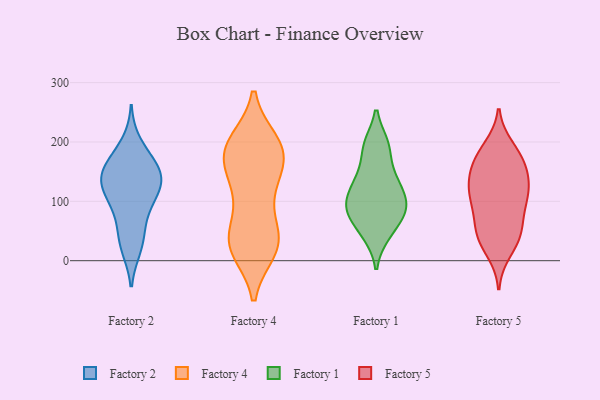
{"axis": {"x": "Bounce Rate (%)", "y": "Value"}, "legend": ["Factory 1", "Factory 2", "Factory 4", "Factory 5"], "data": [{"x": "", "y": 52, "type": "Factory 2"}, {"x": "", "y": 105, "type": "Factory 2"}, {"x": "", "y": 175, "type": "Factory 2"}, {"x": "", "y": 142, "type": "Factory 2"}, {"x": "", "y": 131, "type": "Factory 2"}, {"x": "", "y": 20, "type": "Factory 2"}, {"x": "", "y": 66, "type": "Factory 2"}, {"x": "", "y": 199, "type": "Factory 2"}, {"x": "", "y": 151, "type": "Factory 2"}, {"x": "", "y": 162, "type": "Factory 2"}, {"x": "", "y": 153, "type": "Factory 2"}, {"x": "", "y": 116, "type": "Factory 2"}, {"x": "", "y": 24, "type": "Factory 2"}, {"x": "", "y": 98, "type": "Factory 2"}, {"x": "", "y": 117, "type": "Factory 2"}, {"x": "", "y": 142, "type": "Factory 2"}, {"x": "", "y": 31, "type": "Factory 4"}, {"x": "", "y": 199, "type": "Factory 4"}, {"x": "", "y": 109, "type": "Factory 4"}, {"x": "", "y": 172, "type": "Factory 4"}, {"x": "", "y": 19, "type": "Factory 4"}, {"x": "", "y": 161, "type": "Factory 4"}, {"x": "", "y": 32, "type": "Factory 4"}, {"x": "", "y": 191, "type": "Factory 4"}, {"x": "", "y": 194, "type": "Factory 4"}, {"x": "", "y": 46, "type": "Factory 4"}, {"x": "", "y": 182, "type": "Factory 4"}, {"x": "", "y": 173, "type": "Factory 4"}, {"x": "", "y": 27, "type": "Factory 4"}, {"x": "", "y": 118, "type": "Factory 4"}, {"x": "", "y": 23, "type": "Factory 4"}, {"x": "", "y": 195, "type": "Factory 4"}, {"x": "", "y": 127, "type": "Factory 4"}, {"x": "", "y": 38, "type": "Factory 4"}, {"x": "", "y": 105, "type": "Factory 1"}, {"x": "", "y": 194, "type": "Factory 1"}, {"x": "", "y": 97, "type": "Factory 1"}, {"x": "", "y": 75, "type": "Factory 1"}, {"x": "", "y": 96, "type": "Factory 1"}, {"x": "", "y": 118, "type": "Factory 1"}, {"x": "", "y": 193, "type": "Factory 1"}, {"x": "", "y": 91, "type": "Factory 1"}, {"x": "", "y": 146, "type": "Factory 1"}, {"x": "", "y": 44, "type": "Factory 1"}, {"x": "", "y": 195, "type": "Factory 1"}, {"x": "", "y": 138, "type": "Factory 1"}, {"x": "", "y": 44, "type": "Factory 1"}, {"x": "", "y": 73, "type": "Factory 1"}, {"x": "", "y": 136, "type": "Factory 1"}, {"x": "", "y": 80, "type": "Factory 1"}, {"x": "", "y": 191, "type": "Factory 5"}, {"x": "", "y": 45, "type": "Factory 5"}, {"x": "", "y": 34, "type": "Factory 5"}, {"x": "", "y": 138, "type": "Factory 5"}, {"x": "", "y": 42, "type": "Factory 5"}, {"x": "", "y": 123, "type": "Factory 5"}, {"x": "", "y": 173, "type": "Factory 5"}, {"x": "", "y": 48, "type": "Factory 5"}, {"x": "", "y": 124, "type": "Factory 5"}, {"x": "", "y": 160, "type": "Factory 5"}, {"x": "", "y": 110, "type": "Factory 5"}, {"x": "", "y": 107, "type": "Factory 5"}, {"x": "", "y": 67, "type": "Factory 5"}, {"x": "", "y": 16, "type": "Factory 5"}, {"x": "", "y": 98, "type": "Factory 5"}, {"x": "", "y": 89, "type": "Factory 5"}, {"x": "", "y": 183, "type": "Factory 5"}, {"x": "", "y": 167, "type": "Factory 5"}, {"x": "", "y": 141, "type": "Factory 5"}]}